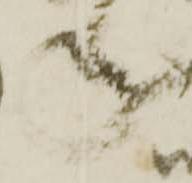
年